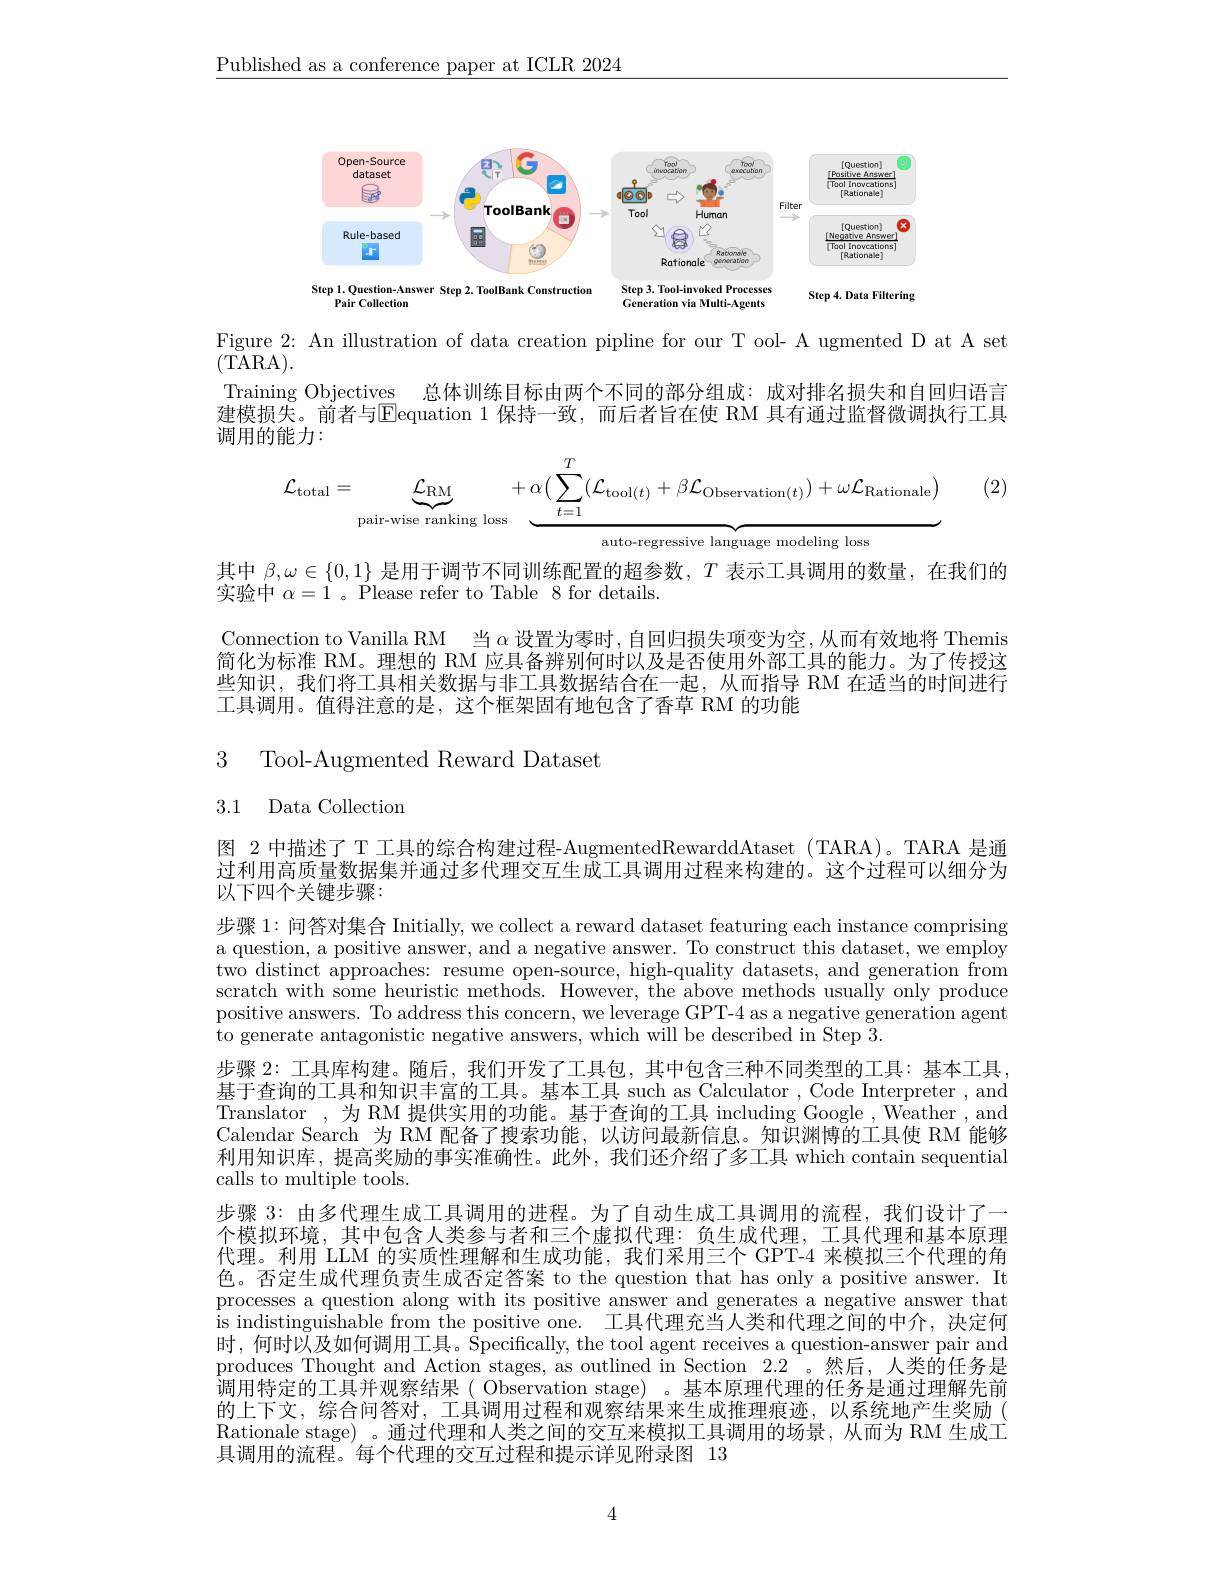
$\underline{\text{Published as a conference paper at ICLR 2024}}$

<FigureHere>

Pair Collection
Generation via Multi-Agents

Figure 2: An illustration of data creation pipline for our T ool- A ugmented D at A set

(TARA).
Training Objectives 总体训练目标由两个不同的部分组成：成对排名损失和自回归语言建模损失。前者与$\overline{\mathrm{E}}$equation 1 保持一致，而后者旨在使 RM 具有通过监督微调执行工具调用的能力：
$$\mathcal{L}_{\mathrm{total}}=\underbrace{\mathcal{L}_{\mathrm{RM}}}_{\text{pair-wise ranking loss}}+\underbrace{\alpha(\sum_{t=1}^{T}(\mathcal{L}_{\mathrm{tool}(t)}+\beta\mathcal{L}_{\mathrm{Observation}(t)})+\omega\mathcal{L}_{\mathrm{Rationale}})}_{\text{autonregressive language modeling loss}}$$
(2)

其中$\beta,\omega\in\{0,1\}$是用于调节不同训练配置的超参数，$T$表示工具调用的数量，在我们的
实验中$\alpha=1$ 。Please refer to Table 8 for details.

Connection to Vanilla RM 当$\alpha$设置为零时，自回归损失项变为空，从而有效地将 Themis 简化为标准 RM。理想的 RM 应具备辨别何时以及是否使用外部工具的能力。为了传授这些知识，我们将工具相关数据与非工具数据结合在一起，从而指导 RM 在适当的时间进行工具调用。值得注意的是，这个框架固有地包含了香草 RM 的功能

3 Tool-Augmented Reward Dataset

3.1 Data Collection

图 2 中描述了 T 工具的综合构建过程- AugmentedRewarddAtaset ( TARA)。TARA 是通过利用高质量数据集并通过多代理交互生成工具调用过程来构建的。这个过程可以细分为以下四个关键步骤：

步骤 1: 问答对集合 Initially, we collect a reward dataset featuring each instance comprising a question, a positive answer, and a negative answer. To construct this dataset, we employ two distinct approaches: resume open-source, high-quality datasets, and generation from scratch with some heuristic methods. However, the above methods usually only produce positive answers. To address this concern, we leverage GPT-4 as a negative generation agent to generate antagonistic negative answers, which will be described in Step 3.
步骤 2: 工具库构建。随后，我们开发了工具包，其中包含三种不同类型的工具：基本工具， 基于查询的工具和知识丰富的工具。基本工具 such as Calculator , Code Interpreter , and Translator ,为 RM 提供实用的功能。基于查询的工具 including Google , Weather , and Calendar Search 为 RM 配备了搜索功能，以访问最新信息。知识渊博的工具使 RM 能够利用知识库，提高奖励的事实准确性。此外，我们还介绍了多工具 which contain sequential calls to multiple tools.
步骤 3: 由多代理生成工具调用的进程。为了自动生成工具调用的流程，我们设计了一个模拟环境，其中包含人类参与者和三个虚拟代理：负生成代理，工具代理和基本原理代理。利用 LLM 的实质性理解和生成功能，我们采用三个 GPT-4 来模拟三个代理的角色。否定生成代理负责生成否定答案 to the question that has only a positive answer. It processes a question along with its positive answer and generates a negative answer that is indistinguishable from the positive one. 工具代理充当人类和代理之间的中介，决定何时，何时以及如何调用工具。$\hat{\text{Specifically,thetoolagentreceivesaquestion-answerpairand}}$ produces Thought and Action stages, as outlined in Section 2.2 。然后，人类的任务是调用特定的工具并观察结果( Observation stage)。基本原理代理的任务是通过理解先前的上下文，综合问答对，工具调用过程和观察结果来生成推理痕迹，以系统地产生奖励( Rationale stage) 。通过代理和人类之间的交互来模拟工具调用的场景，从而为 RM 生成工具调用的流程。每个代理的交互过程和提示详见附录图 13

4